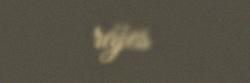
rájes